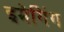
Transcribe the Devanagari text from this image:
इमेगिंग